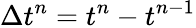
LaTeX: \Delta t^{n}=t^{n}-t^{n-1}